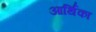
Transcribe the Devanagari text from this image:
आर्थिका